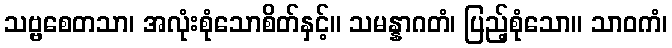
သဗ္ဗစေတသာ၊ အလုံးစုံသောစိတ်နှင့်။ သမန္နာဂတံ၊ ပြည့်စုံသော။ သာဝကံ၊